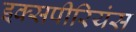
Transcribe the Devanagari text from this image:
इक्सपीरियंस